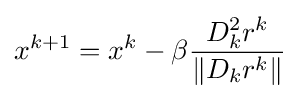
x^{k+1}=x^{k}-\beta {\frac {D_{k}^{2}r^{k}}{\|D_{k}r^{k}\|}}